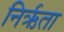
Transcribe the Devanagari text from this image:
निर्ऋता